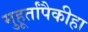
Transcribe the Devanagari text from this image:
मुहूर्तांपैकीहा